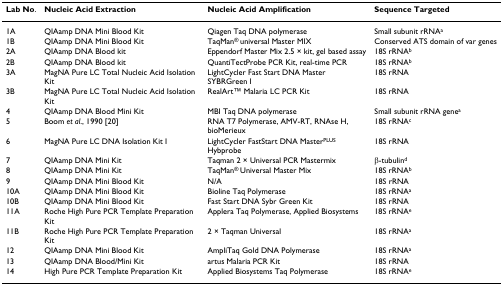
<table><thead><tr><td><b>Lab No.</b></td><td><b>Nucleic Acid Extraction</b></td><td><b>Nucleic Acid Amplification</b></td><td><b>Sequence Targeted</b></td></tr></thead><tbody><tr><td>1A</td><td>QIAamp DNA Mini Blood Kit</td><td>Qiagen Taq DNA polymerase</td><td>Small subunit rRNA<sup>a</sup></td></tr><tr><td>1B</td><td>QIAamp DNA Mini Blood Kit</td><td>TaqMan<sup>® </sup>universal Master MIX</td><td>Conserved ATS domain of var genes</td></tr><tr><td>2A</td><td>QIAamp DNA Blood kit</td><td>Eppendorf Master Mix 2.5 × kit, gel based assay</td><td>18S rRNA<sup>b</sup></td></tr><tr><td>2B</td><td>QIAamp DNA Blood kit</td><td>QuantiTectProbe PCR Kit, real-time PCR</td><td>18S rRNA<sup>b</sup></td></tr><tr><td>3A</td><td>MagNA Pure LC Total Nucleic Acid Isolation Kit</td><td>LightCycler Fast Start DNA Master SYBRGreen I</td><td>18S rRNA</td></tr><tr><td>3B</td><td>MagNA Pure LC Total Nucleic Acid Isolation Kit</td><td>RealArtTM Malaria LC PCR Kit</td><td>18S rRNA</td></tr><tr><td>4</td><td>QIAamp DNA Blood Mini Kit</td><td>MBI Taq DNA polymerase</td><td>Small subunit rRNA gene<sup>a</sup></td></tr><tr><td>5</td><td>Boom <i>et al</i>., 1990 [20]</td><td>RNA T7 Polymerase, AMV-RT, RNAse H, bioMerieux</td><td>18S rRNA<sup>c</sup></td></tr><tr><td>6</td><td>MagNA Pure LC DNA Isolation Kit I</td><td>LightCycler FastStart DNA Master<sup>PLUS </sup>Hybprobe</td><td>18S rRNA</td></tr><tr><td>7</td><td>QIAamp DNA Mini Kit</td><td>Taqman 2 × Universal PCR Mastermix</td><td>β-tubulin<sup>d</sup></td></tr><tr><td>8</td><td>QIAamp DNA Mini Kit</td><td>TaqMan<sup>® </sup>Universal Master Mix</td><td>18S rRNA<sup>b</sup></td></tr><tr><td>9</td><td>QIAamp DNA Mini Blood Kit</td><td>N/A</td><td>18S rRNA</td></tr><tr><td>10A</td><td>QIAamp DNA Mini Blood Kit</td><td>Bioline Taq Polymerase</td><td>18S rRNA<sup>a</sup></td></tr><tr><td>10B</td><td>QIAamp DNA Mini Blood Kit</td><td>Fast Start DNA Sybr Green Kit</td><td>18S rRNA</td></tr><tr><td>11A</td><td>Roche High Pure PCR Template Preparation Kit</td><td>Applera Taq Polymerase, Applied Biosystems</td><td>18S rRNA<sup>e</sup></td></tr><tr><td>11B</td><td>Roche High Pure PCR Template Preparation Kit</td><td>2 × Taqman Universal</td><td>18S rRNA<sup>a</sup></td></tr><tr><td>12</td><td>QIAamp DNA Mini Blood Kit</td><td>AmpliTaq Gold DNA Polymerase</td><td>18S rRNA<sup>a</sup></td></tr><tr><td>13</td><td>QIAamp DNA Blood/Mini Kit</td><td>artus Malaria PCR Kit</td><td>18S rRNA</td></tr><tr><td>14</td><td>High Pure PCR Template Preparation Kit</td><td>Applied Biosystems Taq Polymerase</td><td>18S rRNA<sup>e</sup></td></tr></tbody></table>